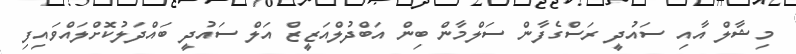
މިޝާލް އާއި ސައުދީ ރަސްގެފާން ސަލްމާން ބިން އަބްދުލްއަޒީޒް އަލް ސައުދީ ބައްދަލުކޮށްލައްވައިފި